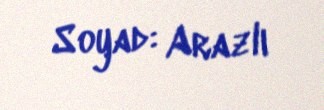
Soyad: Arazlı